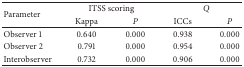
| <ROWSPAN=2> Parameter | <COLSPAN=2> ITSS scoring | <COLSPAN=2> Q |
 | Kappa | P | ICCs | P |
 | --- | --- | --- | --- | --- |
 | Observer 1 | 0.640 | 0.000 | 0.938 | 0.000 |
 | Observer 2 | 0.791 | 0.000 | 0.954 | 0.000 |
 | Interobserver | 0.732 | 0.000 | 0.906 | 0.000 |